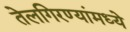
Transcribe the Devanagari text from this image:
तेलगिरण्यांमध्ये